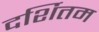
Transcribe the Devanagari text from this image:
दर्शितम